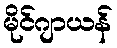
မိုင်ဂျာယန်